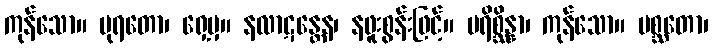
ကုန်သော။ ပုရတော၊ ရှေ့မှ။ နလာဋန္တေန၊ နဖူးစွန်းဖြင့်။ ပရိစ္ဆိန္နာ၊ ကုန်သော။ ပစ္ဆတော၊